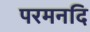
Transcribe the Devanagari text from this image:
परमनदि